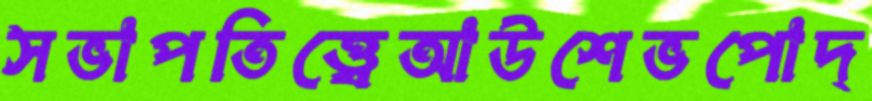
সভাপতিত্ত্বেআউশেভপোদ্